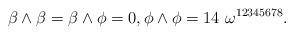
LaTeX: \begin{align*}\beta\wedge \beta= \beta\wedge \phi=0 ,\phi\wedge \phi= 14\ \omega^{12345678}.\end{align*}